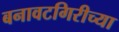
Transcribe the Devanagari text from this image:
बनावटगिरीच्या